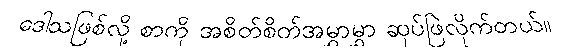
ဒေါသဖြစ်လို့ စာကို အစိတ်စိတ်အမွှာမွှာ ဆုပ်ဖြဲလိုက်တယ်။